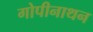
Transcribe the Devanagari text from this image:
गोपीनाथन